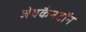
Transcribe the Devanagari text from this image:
जेवकैनटॉन